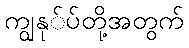
ကျွနု်ပ်တို့အတွက်